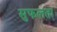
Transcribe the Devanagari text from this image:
सुफलता